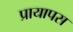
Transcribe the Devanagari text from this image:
प्रायापस